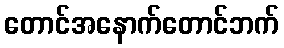
တောင်အနောက်တောင်ဘက်